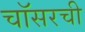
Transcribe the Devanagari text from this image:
चॉसरची